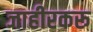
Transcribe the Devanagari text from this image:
जाहीरकरू